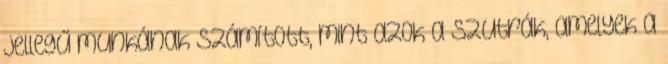
jellegű munkának számított, mint azok a szutrák, amelyek a